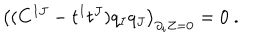
LaTeX: \left( ( C ^ { I J } - t ^ { I } t ^ { J } ) q _ { I } q _ { J } \right) _ { \partial _ { i } Z = 0 } = 0 \ .